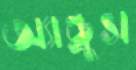
অ্যান্ড্রুস